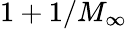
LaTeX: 1+1/M_{\infty}